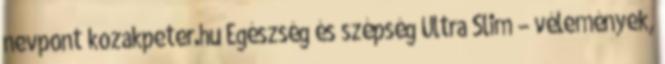
nevpont kozakpeter.hu Egészség és szépség Ultra Slim – vélemények,